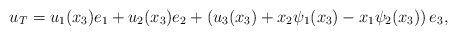
\begin{align*}u_T=u_{1}(x_{3})e_{1}+u_{2}(x_{3})e_{2}+\left(u_{3}(x_{3})+x_{2}\psi_1(x_{3})-x_{1}\psi_2(x_{3})\right)e_{3},\end{align*}